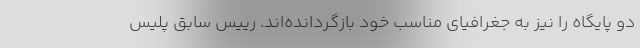
دو پایگاه را نیز به جغرافیای مناسب خود بازگردانده‌اند. رییس سابق پلیس